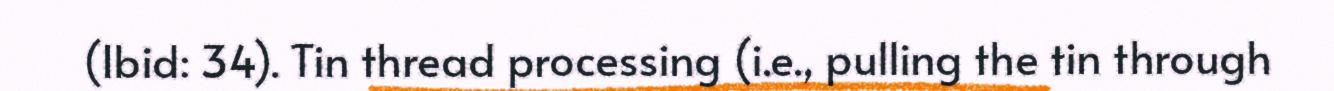
(Ibid: 34). Tin thread processing (i.e., pulling the tin through